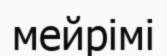
мейрімі